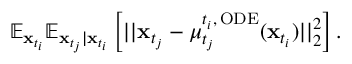
\begin{array} { r } { \mathbb { E } _ { \mathbf { x } _ { t _ { i } } } \mathbb { E } _ { \mathbf { x } _ { t _ { j } } | \mathbf { x } _ { t _ { i } } } \left[ | | \mathbf { x } _ { t _ { j } } - \mu _ { t _ { j } } ^ { t _ { i } , \, \mathrm { O D E } } ( \mathbf { x } _ { t _ { i } } ) | | _ { 2 } ^ { 2 } \right] . } \end{array}